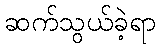
ဆက်သွယ်ခဲ့ရာ